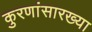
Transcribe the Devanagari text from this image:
कुरणांसारख्या